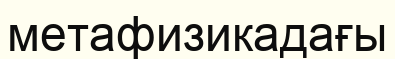
метафизикадағы